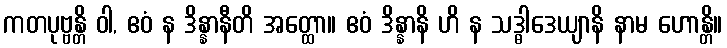
ကတပုဗ္ဗန္တိ ဝါ, ဧဝံ န ဒိန္နာနီတိ အတ္ထော။ ဧဝံ ဒိန္နာနိ ဟိ န သဒ္ဓါဒေယျာနိ နာမ ဟောန္တိ။